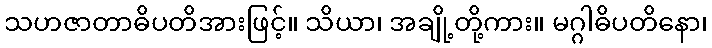
သဟဇာတာဓိပတိအားဖြင့်။ သိယာ၊ အချို့တို့ကား။ မဂ္ဂါဓိပတိနော၊